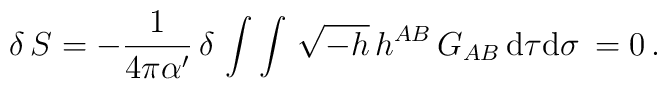
\delta \, S = - \frac{1}{4 \pi {\alpha}' } \, \delta \, \int\int \, \sqrt{- h} \, h^{AB} \, G_{AB} \, {\rm d} \tau {\rm d}\sigma \, = 0  \, .